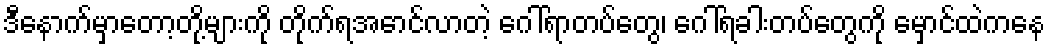
ဒီနောက်မှာတော့တို့များကို တိုက်ရအောင်လာတဲ့ ဂေါ်ရာတပ်တွေ၊ ဂေါ်ရခါးတပ်တွေကို မှောင်ထဲကနေ